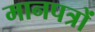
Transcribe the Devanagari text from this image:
मानपत्रों